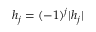
h _ { j } = ( - 1 ) ^ { j } | h _ { j } |